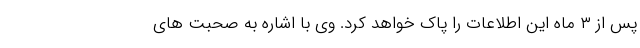
پس از ۳ ماه این اطلاعات را پاک خواهد کرد. وی با اشاره به صحبت های